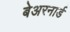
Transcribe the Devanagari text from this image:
बेअरनार्ड